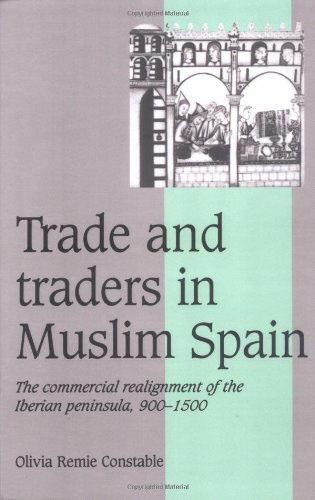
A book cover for Trade and Traders in Muslim Spain: The Commercial Realignment of the Iberian Peninsula, 900-1500 (Cambridge Studies in Medieval Life and Thought: Fourth Series); Olivia Remie Constable; Business & Money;